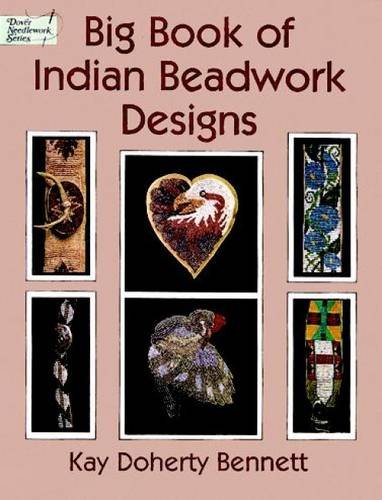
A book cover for Big Book of Indian Beadwork Designs (Dover Needlework); Kay Doherty Bennett; Crafts, Hobbies & Home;